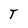
Character: T